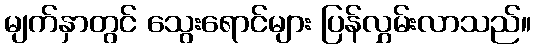
မျက်နှာတွင် သွေးရောင်များ ပြန်လွှမ်းလာသည်။